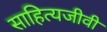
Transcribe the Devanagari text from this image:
साहित्यजीवी